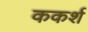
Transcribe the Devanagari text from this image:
ककर्श